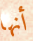
أنها